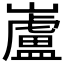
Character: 𫶢